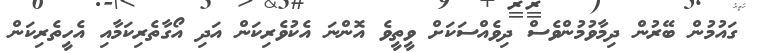
ގައުމުން ބޭރުން ދިމާވުމުންވެސް ދިވެއްސަކަށް ވީތީވެ އޮންނަ އެކުވެރިކަން އަދި އޯގާތެރިކަމާއި އެހީތެރިކަން